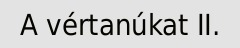
A vértanúkat II.